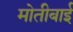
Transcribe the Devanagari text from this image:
मोतीबाई